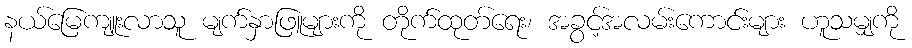
နယ်မြေကျူးလာသူ မျက်နှာဖြူများကို တိုက်ထုတ်ရေး၊ အခွင့်အလမ်းကောင်းများ ဟူသမျှကို